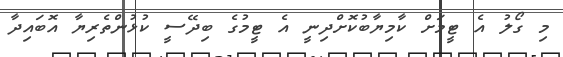
މި ގޯލު އެ ޓީމަށް ކާމިޔާބުކޮށްދިނީ އެ ޓީމުގެ ބިދޭސީ ކުޅުންތެރިޔާ އޮބައިދާ